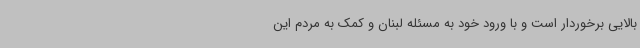
بالایی برخوردار است و با ورود خود به مسئله لبنان و کمک به مردم این